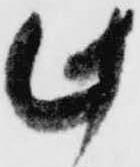
此